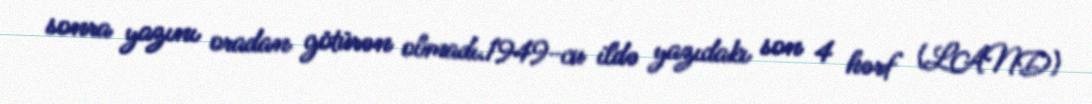
sonra yazını oradan götürən olmadı.1949-cu ildə yazıdakı son 4 hərf (LAND)